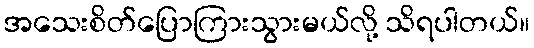
အသေးစိတ်ပြောကြားသွားမယ်လို့ သိရပါတယ်။